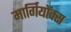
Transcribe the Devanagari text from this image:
मार्गियॉक्स